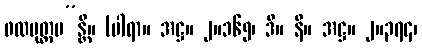
ဖလမုတ္တမ”န္တိ။ (ပါရာ။ အဋ္ဌ။ ၂။၁၆၅၊ ဒီ။ နိ။ အဋ္ဌ။ ၂။၃၇၄၊